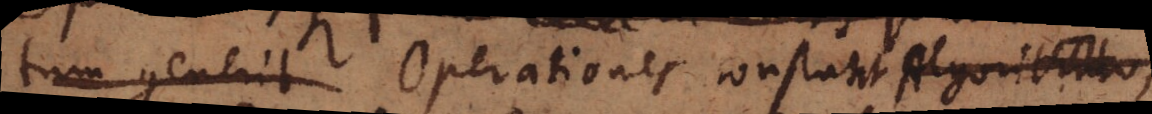
tum Operationes constant Algorib